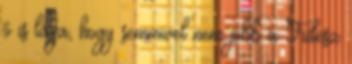
ő is látja, hogy semmivel nem jobb a Fidesz